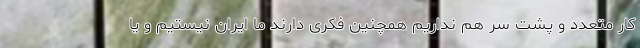
کار متعدد و پشت سر هم نداریم همچنین فکری دارند ما ایران نیستیم و یا